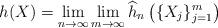
LaTeX: \begin{align*} h(X) = \lim_{n\to \infty} \lim_{m\to \infty} \widehat{h}_n\left( \{ X_j \}_{j=1}^m \right)\end{align*}